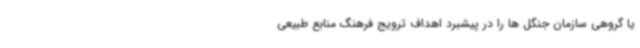
یا گروهی سازمان جنگل ها را در پیشبرد اهداف ترویج فرهنگ منابع طبیعی